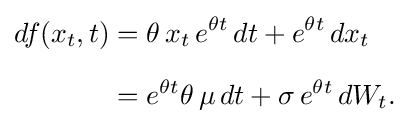
{\begin{aligned}df(x_{t},t)&=\theta \,x_{t}\,e^{\theta t}\,dt+e^{\theta t}\,dx_{t}\\[6pt]&=e^{\theta t}\theta \,\mu \,dt+\sigma \,e^{\theta t}\,dW_{t}.\end{aligned}}